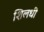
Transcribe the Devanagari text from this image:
शिलधी